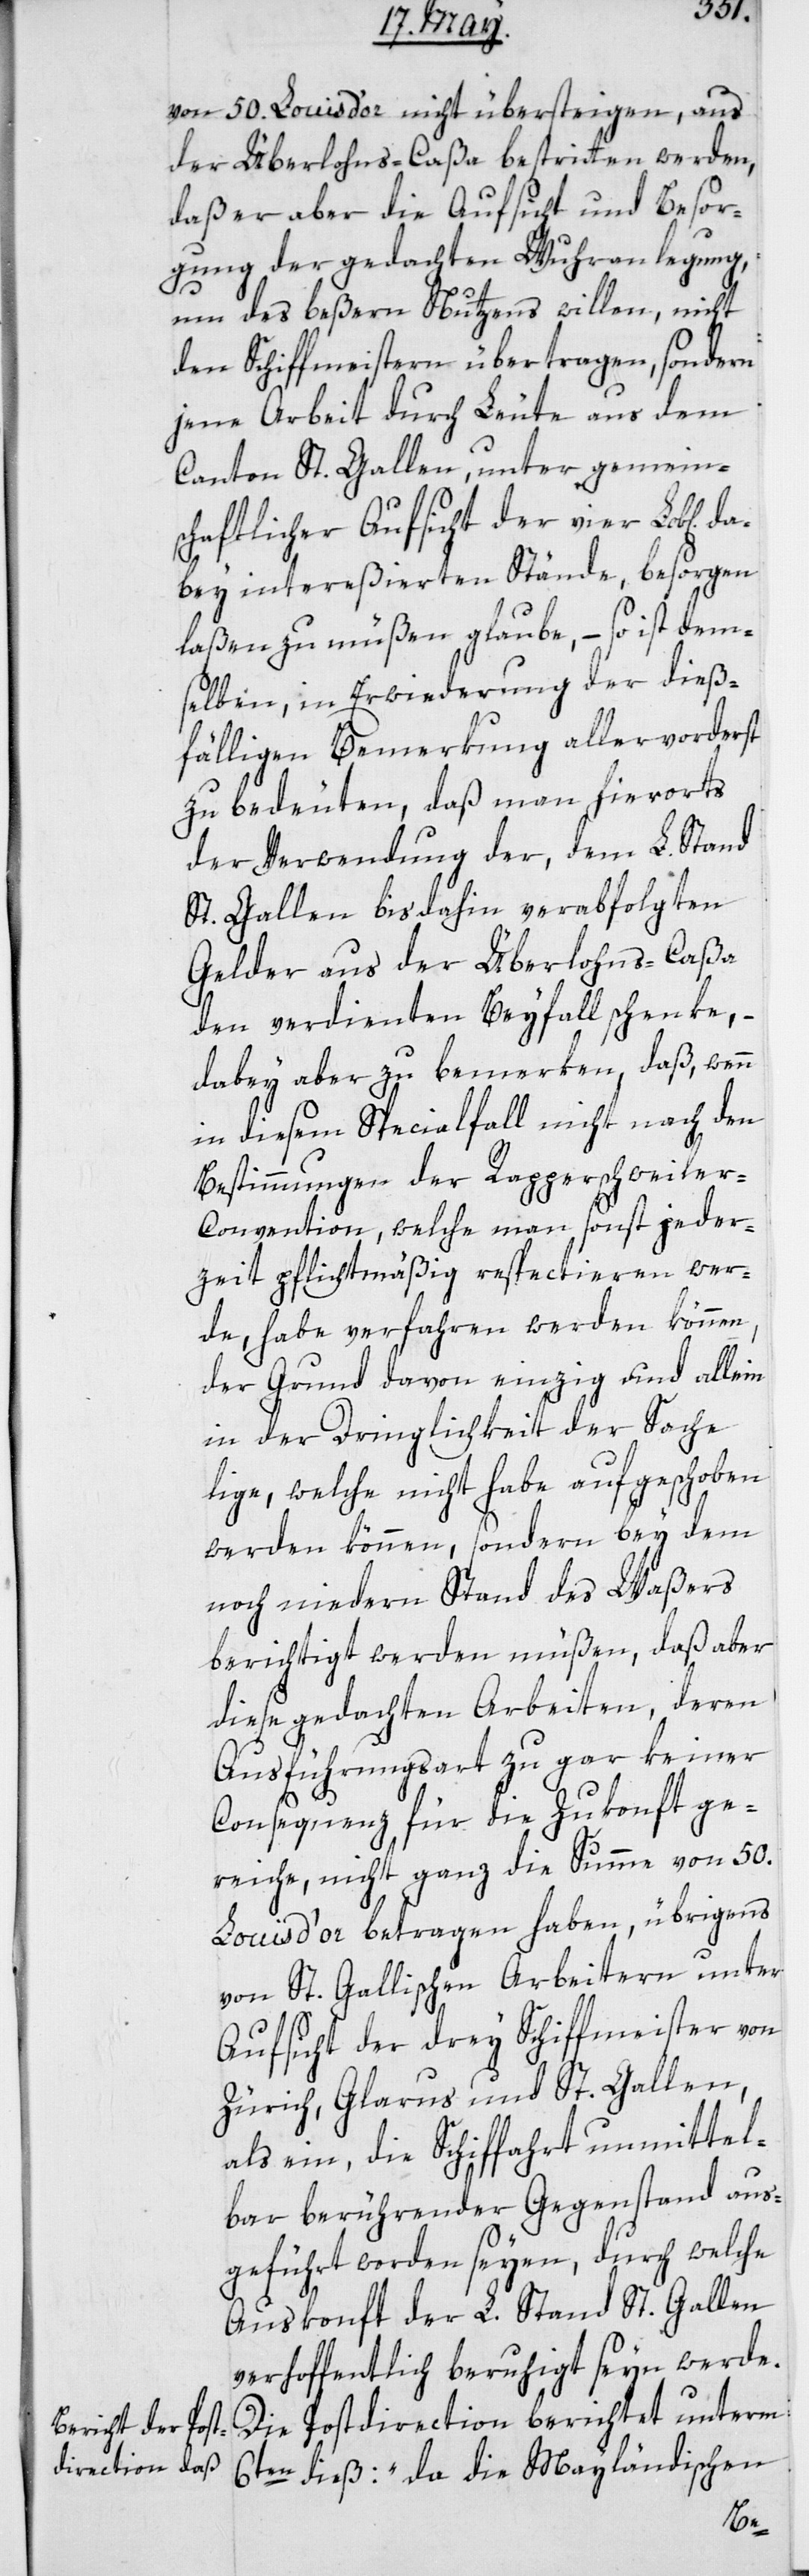
da¬
von 50. Louis d’or nicht übersteigen, aus
der Überlohns-Caßa bestritten werden,
daß er aber die Aufsicht und Besor¬
gung der gedachten Wuhrenlegung,
um des beßern Nutzens willen, nicht
den Schiffmeistern übertragen, sondern
jene Arbeit durch Leute aus dem
Canton St. Gallen, unter gemein¬
schaftlicher Aufsicht der vier Lob[lic¬
bey intereßierten Stände, besorgen
laßen zu müßen glaube, – so ist dem¬
selben, in Erwiderung der dieß¬
fälligen Bemerkung allervorderst
zu bedeuten, daß man hierorts
der Verwendung der, dem L. Stand
St. Gallen bis dahin verabfolgten
Gelder aus der Überlohns-Caßa
den verdienten Beyfall schenke, –
dabey aber zu bemerken, daß wenn
in diesem Specialfall nicht nach den
Bestimmungen der Rapperschweile¬
r-Convention, welche man sonst jeder¬
zeit pflichtmäßig respectieren wer¬
de, habe verfahren werden können,
der Grund davon einzig und allein
in der Dringlichkeit der Sache
lige, welche nicht habe aufgeschoben
werden können, sondern bey dem
noch niedern Stand des Waßers
berichtigt werden müßen, daß aber
diese gedachten Arbeiten, deren
Ausführungsart zu gar keiner
Consequenz für die Zukonft ge¬
reiche, nicht ganz die Summe vom 50.
Louis d’or betragen haben, übrigens
von St. Gallischen Arbeitern unter
Aufsicht der drey Schiffmeister von
Zürich, Glarus und St. Gallen
als ein, die Schiffahrt unmittel¬
bar berührender Gegenstand aus¬
geführt worden seyen, durch welche
Auskonft der L. Stand St. Gallen
verhoffentlich beruhigt seyn werde.
Die Postdirection berichtet unterm
6ten dieß: „da die Mayländischen